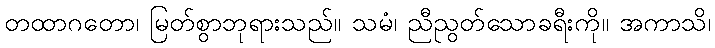
တထာဂတော၊ မြတ်စွာဘုရားသည်။ သမံ၊ ညီညွတ်သောခရီးကို။ အကာသိ၊